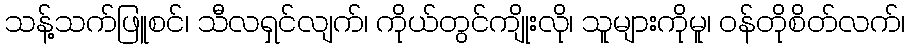
သန့်သက်ဖြူစင်၊ သီလရှင်လျက်၊ ကိုယ်တွင်ကျိုးလို၊ သူများကိုမူ၊ ဝန်တိုစိတ်လက်၊